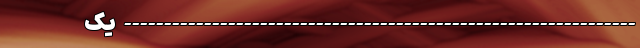
---------------------------------------------------------------- یک